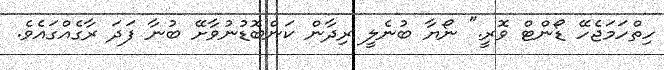
ހިތްހަމަޖެހޭ ޑޯންޓް ވޮރީ." ނޯޔާ ބުނެލީ ރިދާން ކަންބޮޑުނުވާށޭ ބުނާ ފަދަ ރާގެއްގައެވެ.